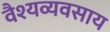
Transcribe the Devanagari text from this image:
वैश्यव्यवसाय